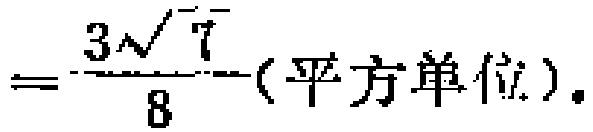
$=\frac{3\sqrt{7}}{8}(\text{平方单位}) .$